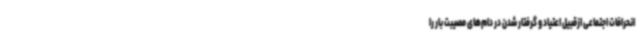
انحرافات اجتماعی ازقبیل اعتیاد و گرفتار شدن در دام‌های مصیبت بار را